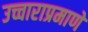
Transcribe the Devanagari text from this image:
उच्चाराप्रमाणे